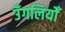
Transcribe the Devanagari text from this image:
उँगलियोँ